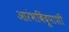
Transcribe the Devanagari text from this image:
आरंभबिंदूपाशी